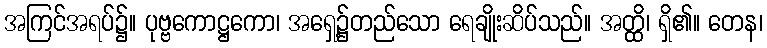
အကြင်အရပ်၌။ ပုဗ္ဗကောဋ္ဌကော၊ အရှေ့၌တည်သော ရေချိုးဆိပ်သည်။ အတ္ထိ၊ ရှိ၏။ တေန၊